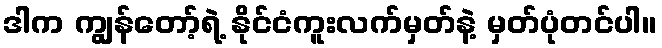
ဒါက ကျွန်တော့်ရဲ့ နိုင်ငံကူးလက်မှတ်နဲ့ မှတ်ပုံတင်ပါ။